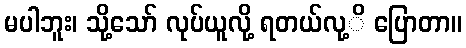
မပါဘူး၊ သို့သော် လုပ်ယူလို့ ရတယ်လု့ိ ပြောတာ။